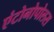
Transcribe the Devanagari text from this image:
एंटोनोपोलस